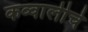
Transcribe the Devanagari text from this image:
कव्वालीचे